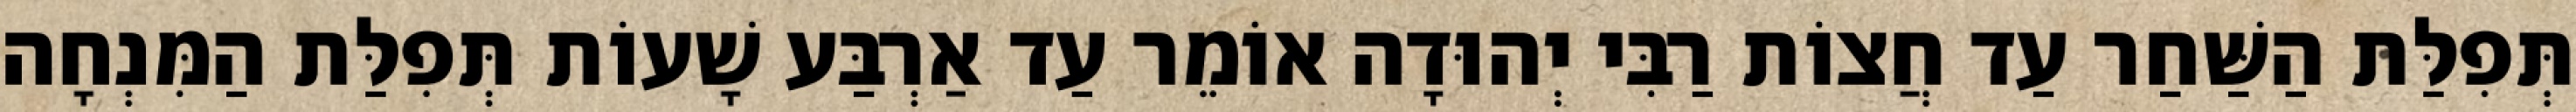
תְּפִלַּת הַשַּׁחַר עַד חֲצוֹת רַבִּי יְהוּדָה אוֹמֵר עַד אַרְבַּע שָׁעוֹת תְּפִלַּת הַמִּנְחָה